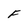
Character: F